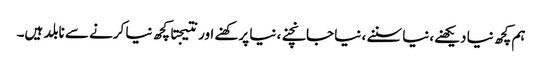
ہم کچھ نیا دیکھنے،نیا سننے ، نیا جانچنے، نیا پرکھنے اور نتیجتا کچھ نیا کرنے سے نابلد ہیں۔